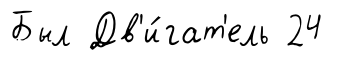
Был Дв'и́гат'ель 24